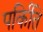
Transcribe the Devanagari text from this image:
पर्किति